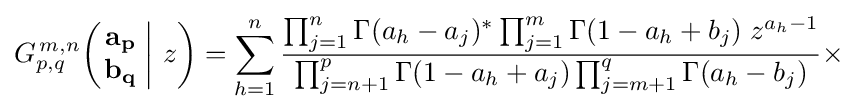
G_{p,q}^{\,m,n}\!\left(\left.{\begin{matrix}\mathbf {a_{p}} \\\mathbf {b_{q}} \end{matrix}}\;\right|\,z\right)=\sum _{h=1}^{n}{\frac {\prod _{j=1}^{n}\Gamma (a_{h}-a_{j})^{*}\prod _{j=1}^{m}\Gamma (1-a_{h}+b_{j})\;z^{a_{h}-1}}{\prod _{j=n+1}^{p}\Gamma (1-a_{h}+a_{j})\prod _{j=m+1}^{q}\Gamma (a_{h}-b_{j})}}\times